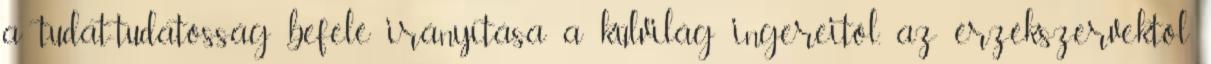
a tudat-tudatosság befelé irányítása a külvilág ingereitől, az érzékszervektől